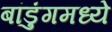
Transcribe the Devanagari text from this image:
बांडुंगमध्ये